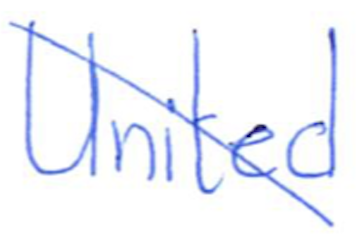
Text: United
Cross-out: diagonal
Writing tool: ballpoint